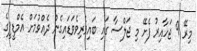
މިރޭ 9 ޖަހާއިރު ފެށޭ މި ޖަލްސާ ގައި ބައިވެރިވެވަޑައިގެން ދެއްވުމަށް އެމްޑީޕީގެ